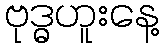
ဗုဒ္ဓဟူးနေ့